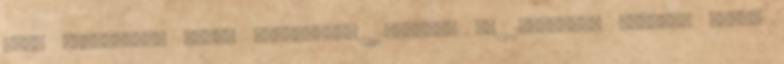
című sorozatot, amely hétvégente 11:00-től és 18:00-tól látható dupla